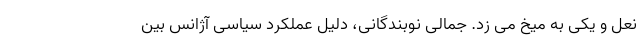
نعل و یکی به میخ می زد. جمالی نوبندگانی، دلیل عملکرد سیاسی آژانس بین